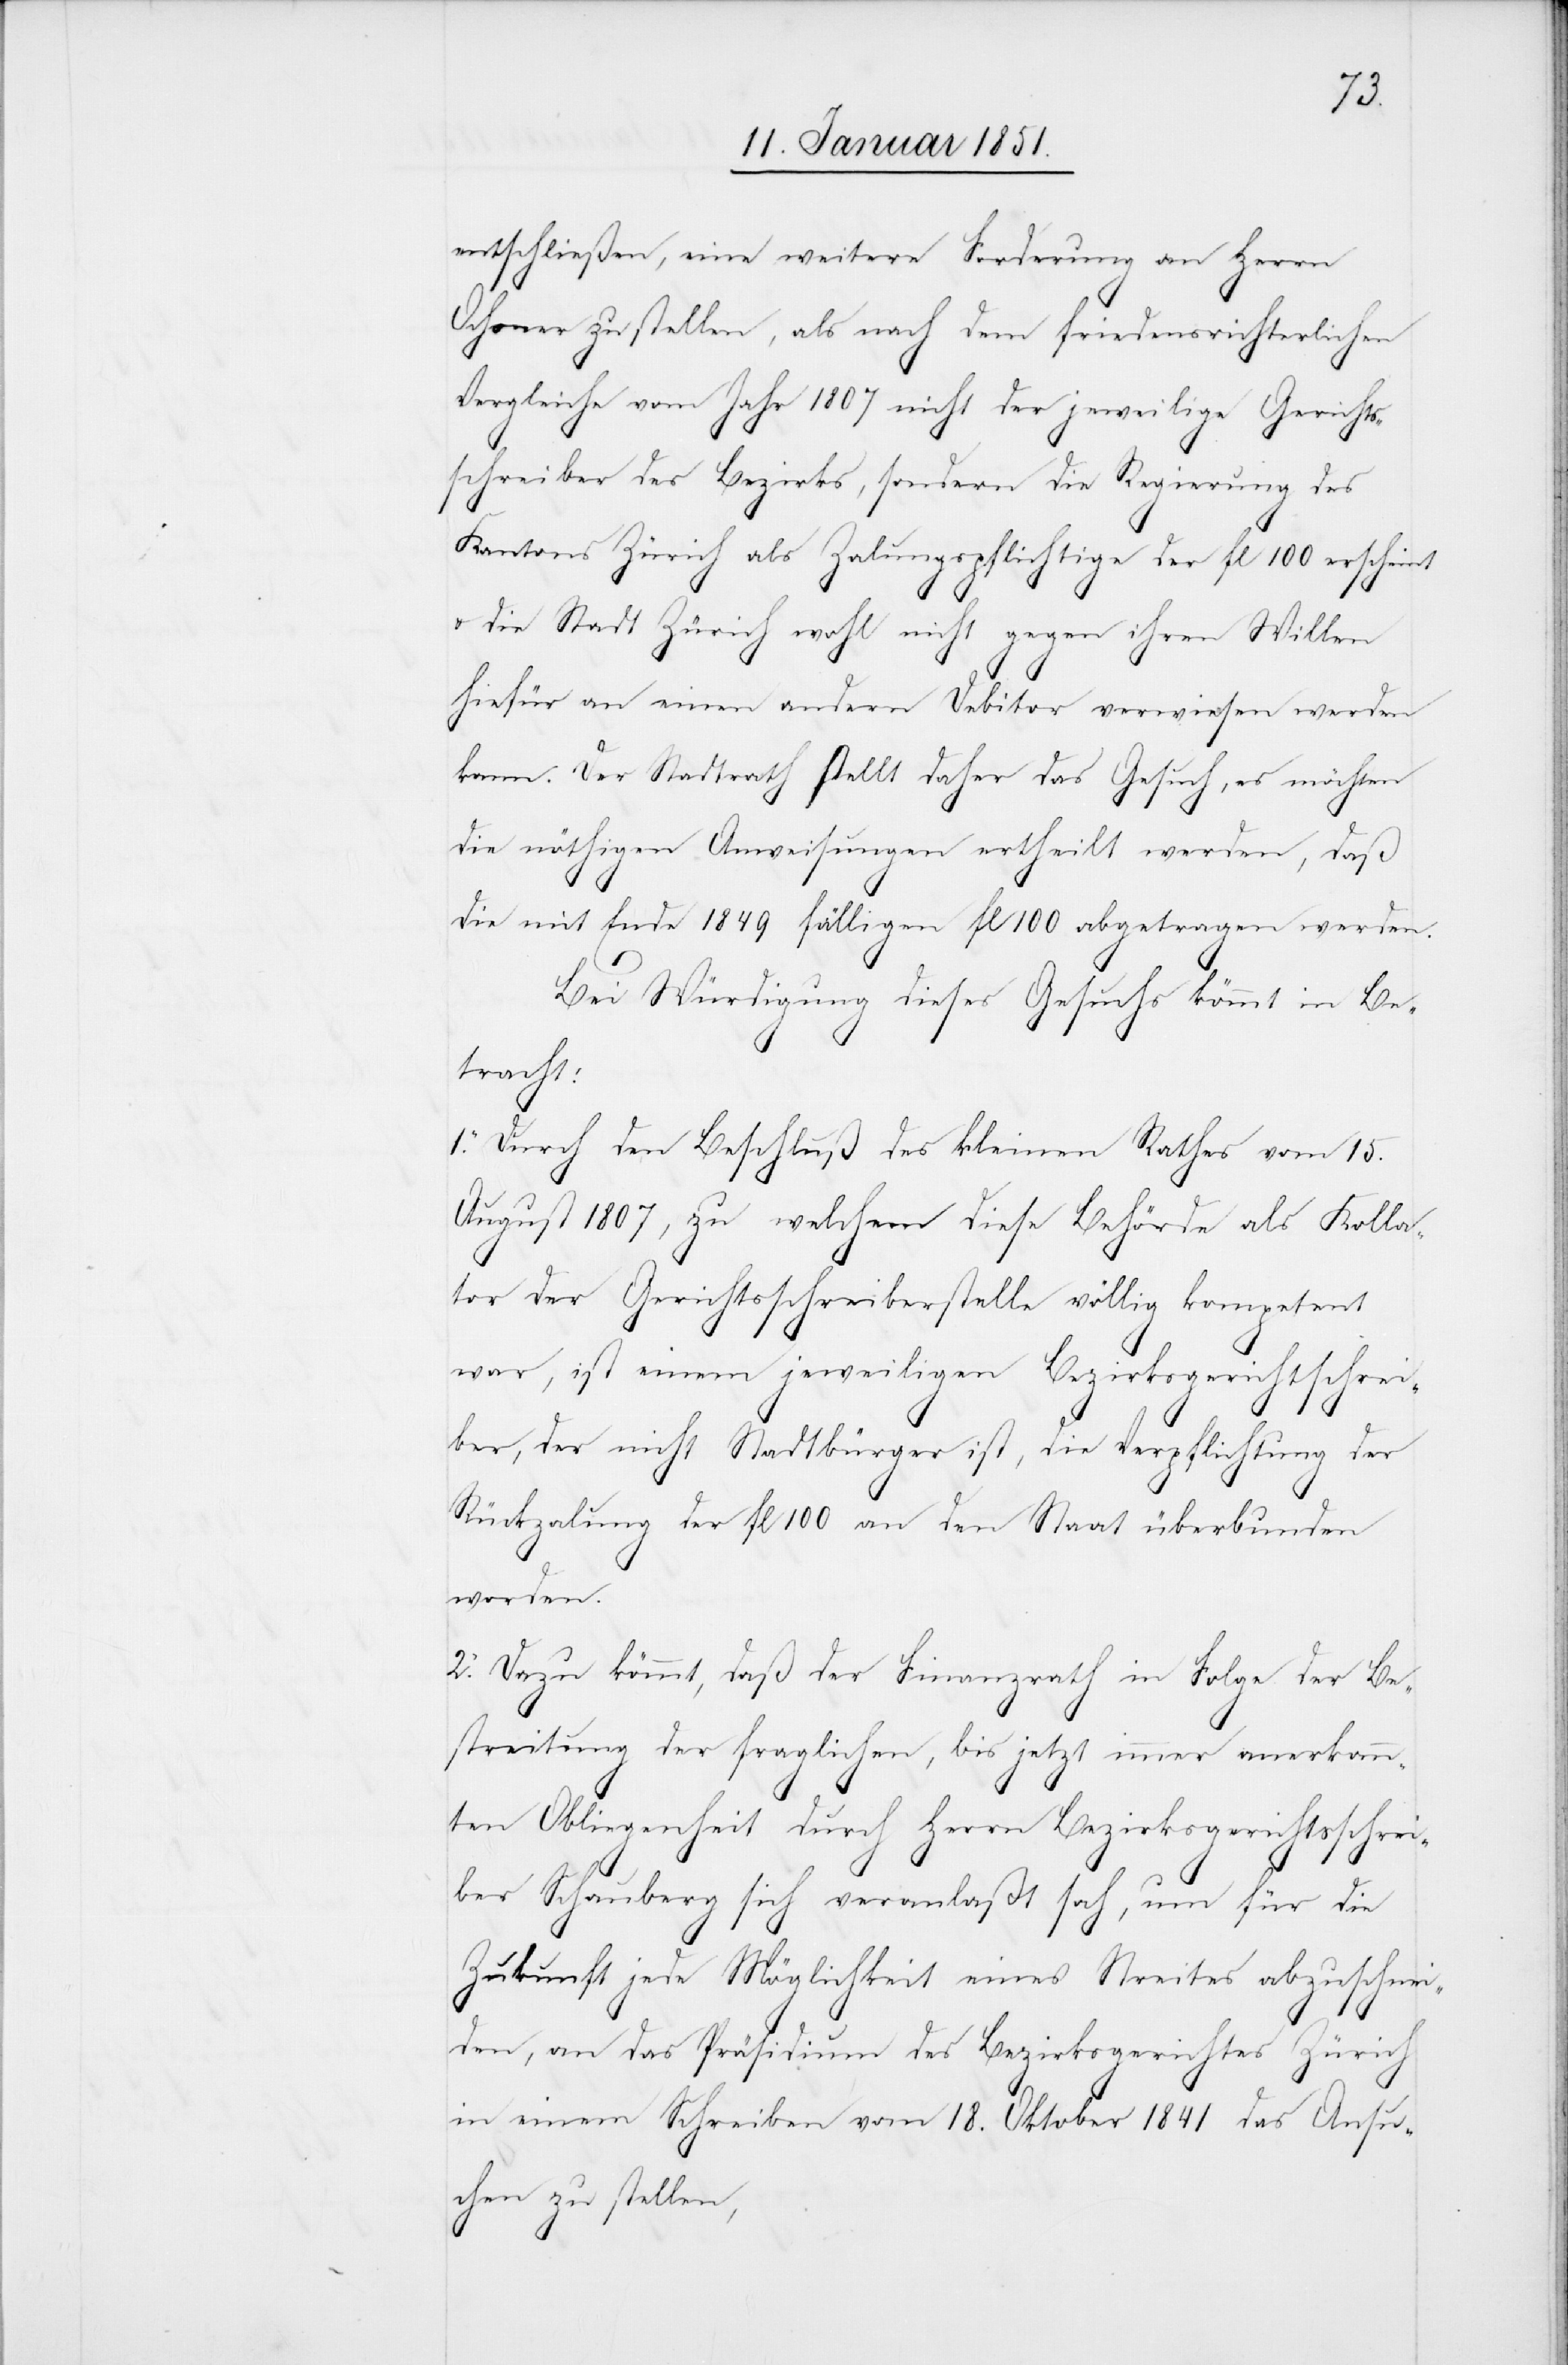
entschließen, eine weitere Forderung an Herrn
Ochsner zu stellen, als nach dem friedensrichterlichen
Vergleiche vom Jahr 1807 nicht der jeweilige Gerichts¬
schreiber des Bezirks, sondern die Regierung des
Kantons Zürich als Za[h]lungspflichtige der fl 100 erscheint
u.
die Stadt Zürich wohl nicht gegen ihren Willen
hiefür an einen andern Debitor verwiesen werden
kann. Der Stadtrath stellt daher das Gesuch, es möchten
die nöthigen Anweisungen ertheilt werden, daß
die mit Ende 1849 fälligen fl 100 abgetragen werden.
Bei Würdigung dieses Gesuchs kömmt in Be¬
tracht:
1. Durch den Beschluß des kleinen Rathes vom 15.
August 1807, zu welchem diese Behörde als Kolla¬
tor der Gerichtsschreiberstelle völlig kompetent
war, ist einem jeweiligen Bezirksgerichtschrei¬
ber, der nicht Stadtbürger ist, die Verpflichtung der
Rückza[h]lung der fl 100 an den Staat überbunden
worden.
2. Dazu kömmt, daß der Finanzrath in Folge der Be¬
streitung der fraglichen, bis jetzt immer anerkann¬
ten Obliegenheit durch Herrn Bezirksgerichtsschrei¬
ber Schauberg sich veranlaßt sah, um für die
Zukunft jede Möglichkeit eines Streites abzuschnei¬
den, an das Präsidium des Bezirksgerichtes Zürich
in einem Schreiben vom 18. Oktober 1841 das Ansu¬
chen zu stellen,